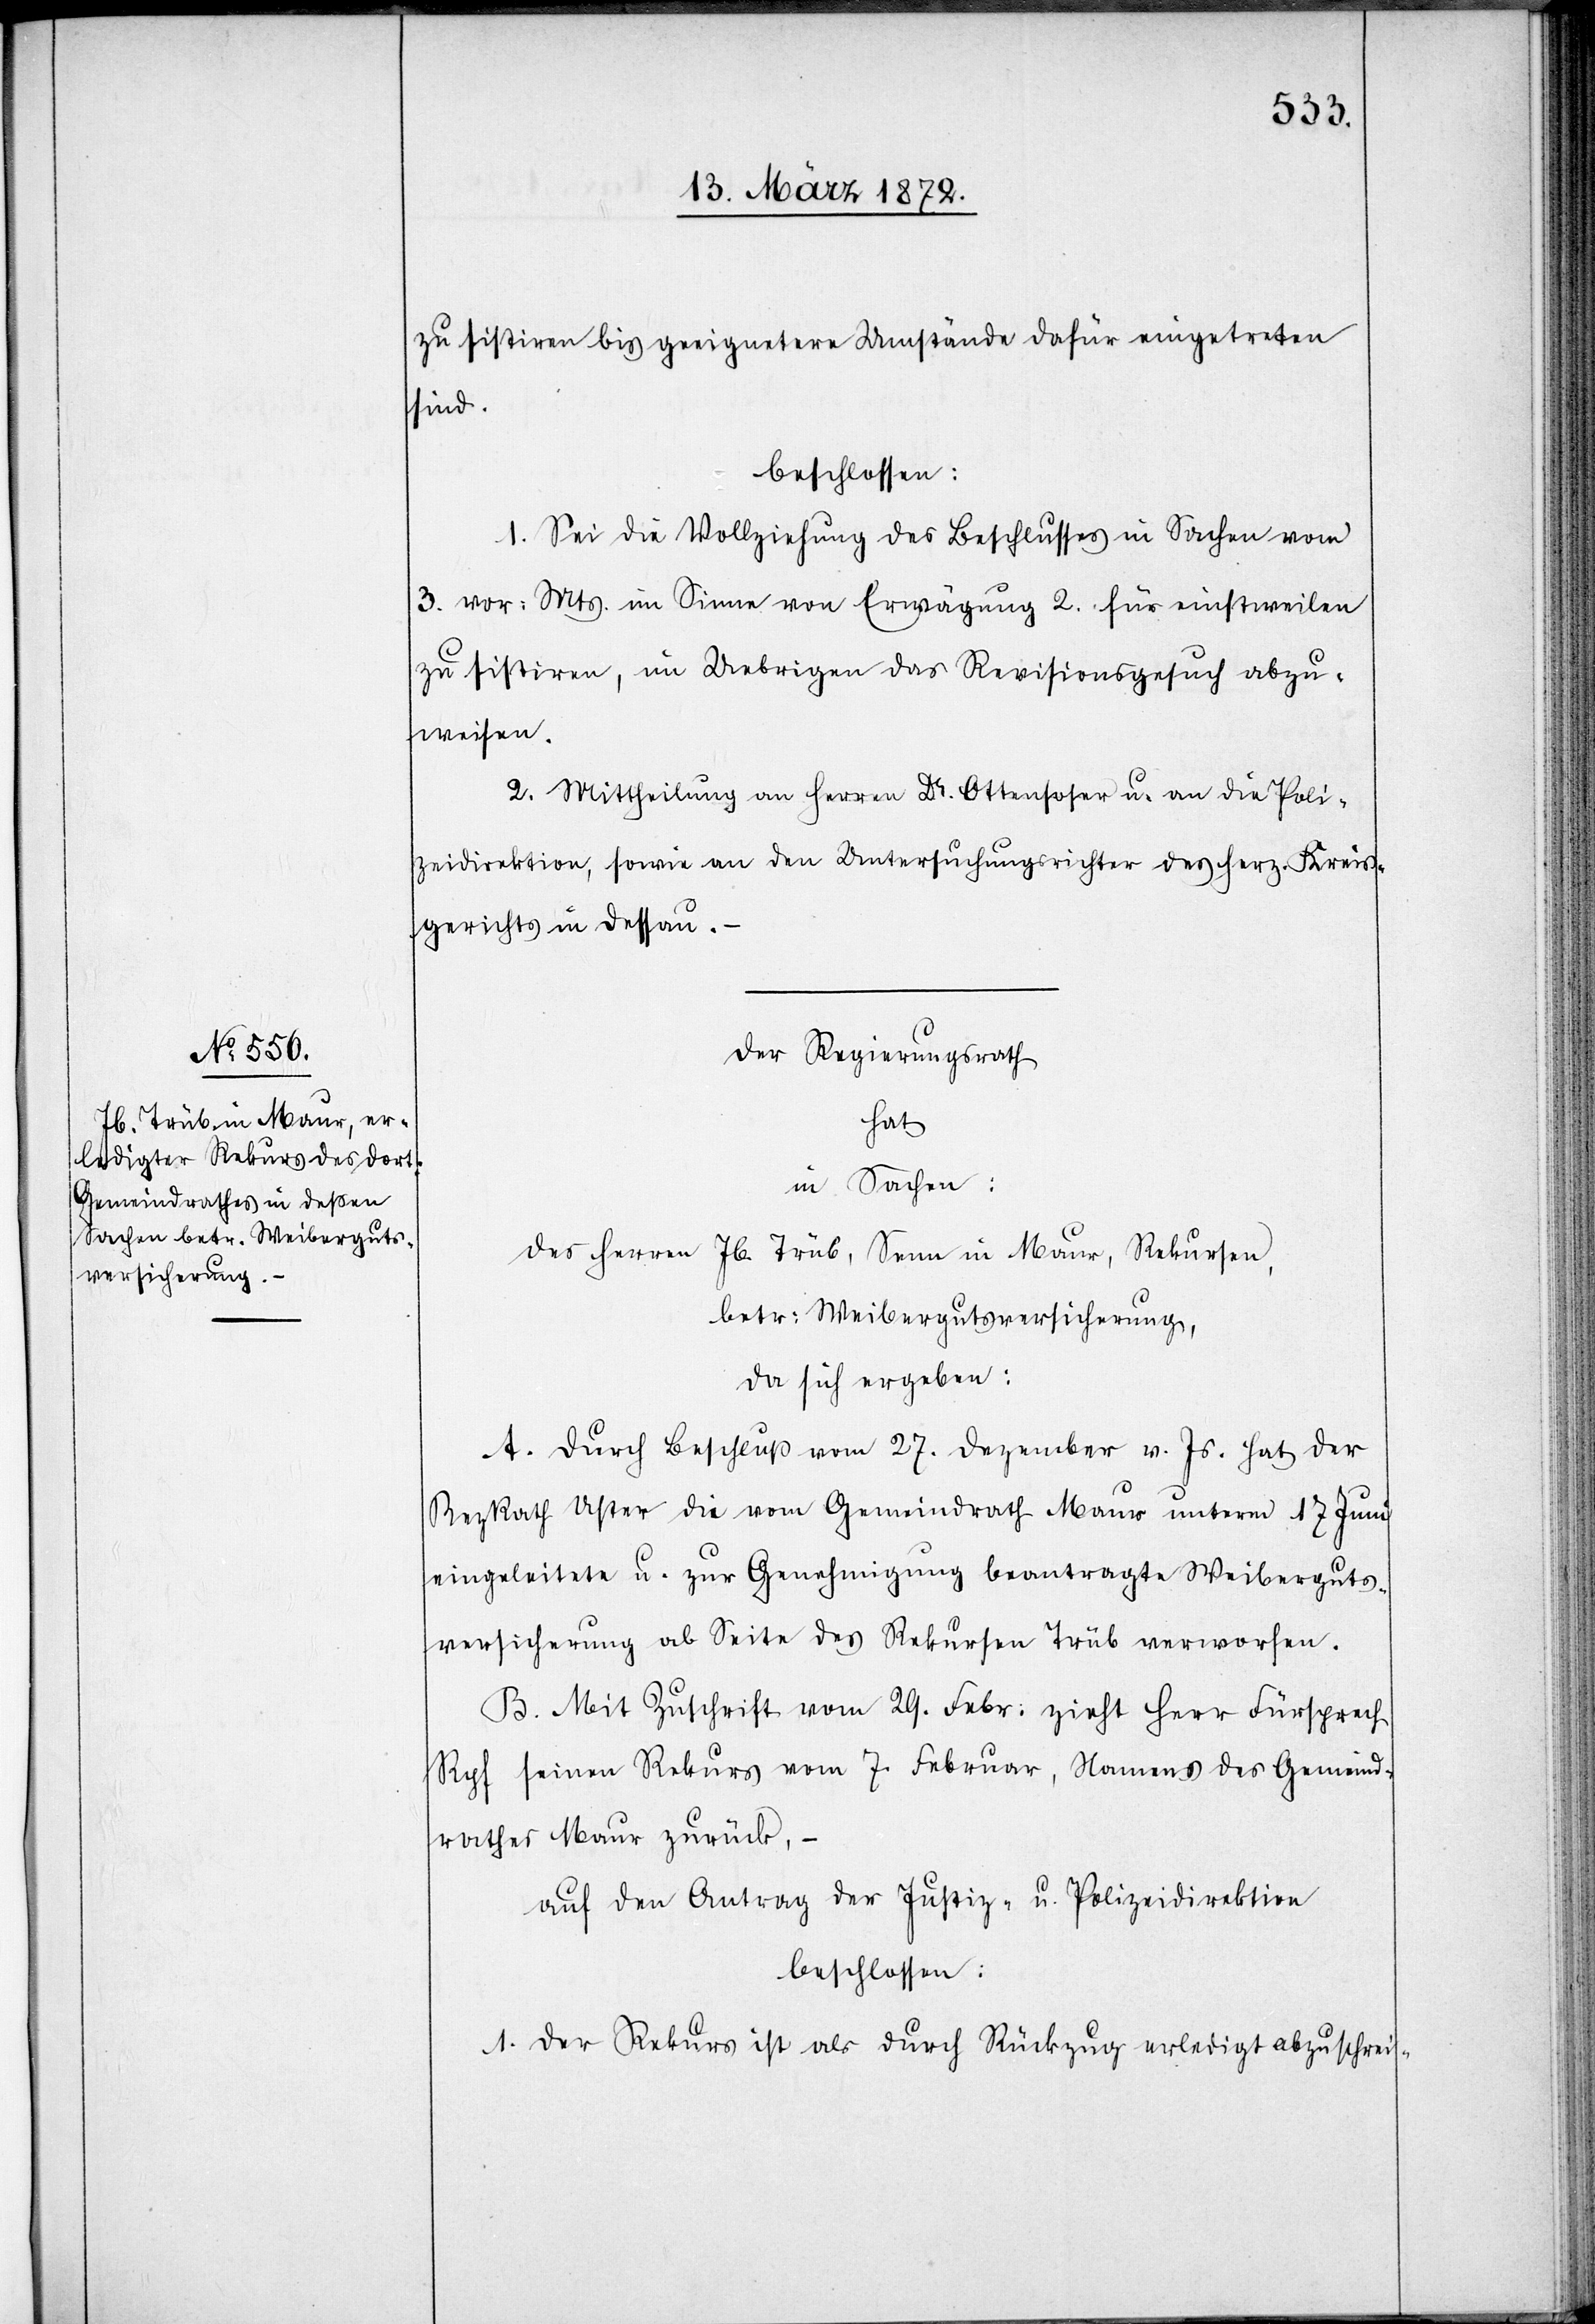
sind.
beschlossen:
1. Sei die Vollziehung des Beschlusses in Sachen vom
3. vor: Mts. im Sinne von Erwägung 2. für einstweilen
zu sistiren, im Uebrigen das Revisionsgesuch abzu¬
weisen.
2. Mittheilung an Herren Dr. Ottensoser u. an die Poli¬
zeidirektion, sowie an den Untersuchungsrichter des herz. Kreis¬
gerichts in Dessau.
Der Regierungsrath
hat
in Sachen:
des Herren Jb. Trüb, Senn in Maur, Rekursen,
betr: Weibergutsversicherung,
da sich ergeben:
A. Durch Beschluß vom 27. Dezember v. Js. hat der
BezRath Uster die vom Gemeindrath Maur unterm 17 Juni
eingeleitete u. zur Genehmigung beantragte Weiberguts¬
versicherung ab Seite des Rekursen Trüb verworfen.
B. Mit Zuschrift vom 29. Febr: zieht Herr Fürsprech
Ryf seinen Rekurs vom 7. Februar, Namens des Gemeind¬
rathes Maur zurück, –
auf den Antrag der Justiz- u. Polizeidirektion
beschlossen:
1. Der Rekurs ist als durch Rückzug erledigt abzuschrei-